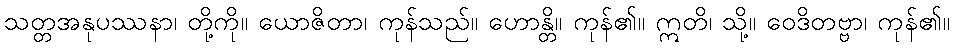
သတ္တအနုပဿနာ၊ တို့ကို။ ယောဇိတာ၊ ကုန်သည်။ ဟောန္တိ။ ကုန်၏။ ဣတိ၊ သို့။ ဝေဒိတဗ္ဗာ၊ ကုန်၏။